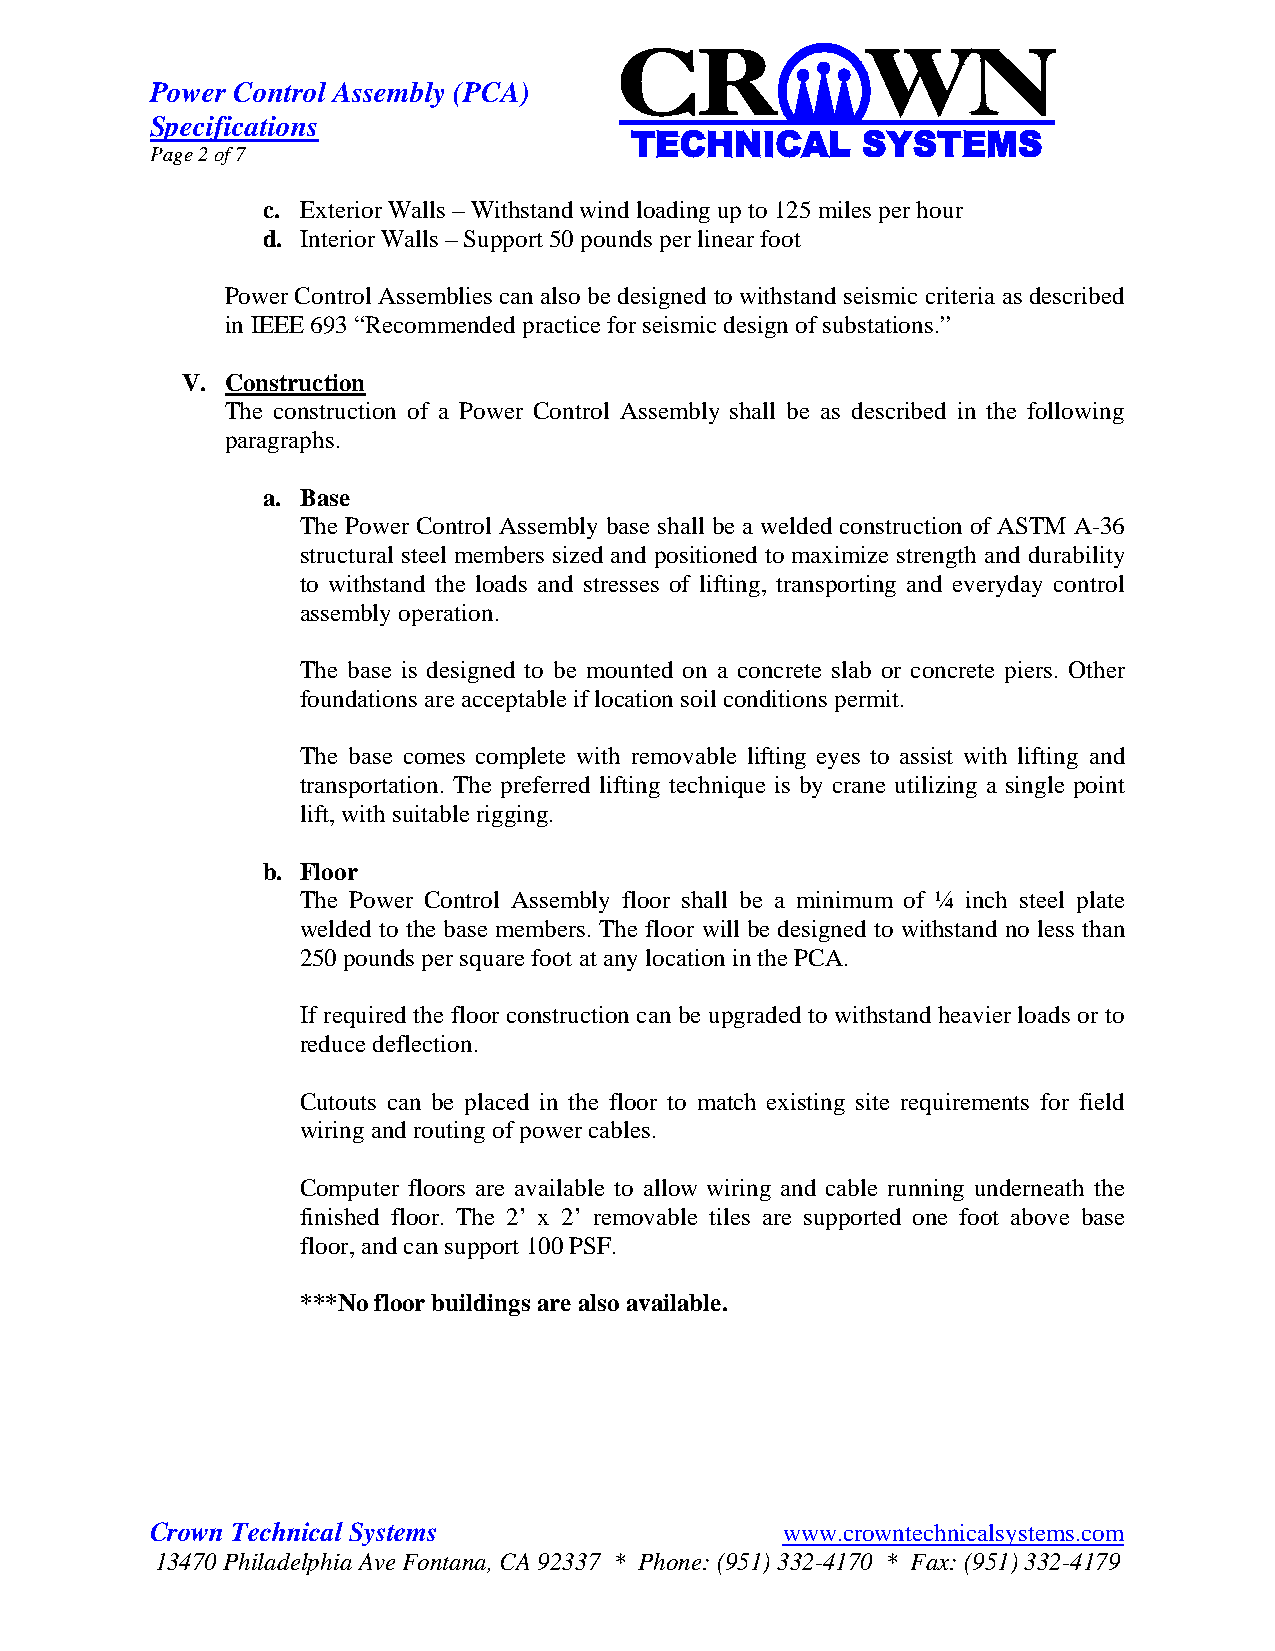
Power Control Assembly (PCA)
 Specifications
 Page 2 of 7
 c. Exterior Walls – Withstand wind loading up to 125 miles per hour
 d. Interior Walls – Support 50 pounds per linear foot
 Power Control Assemblies can also be designed to withstand seismic criteria as described
 in IEEE 693 “Recommended practice for seismic design of substations.”
 V. Construction
 The construction of a Power Control Assembly shall be as described in the following
 paragraphs.
 a. Base
 The Power Control Assembly base shall be a welded construction of ASTM A-36
 structural steel members sized and positioned to maximize strength and durability
 to withstand the loads and stresses of lifting, transporting and everyday control
 assembly operation.
 The base is designed to be mounted on a concrete slab or concrete piers. Other
 foundations are acceptable if location soil conditions permit.
 The base comes complete with removable lifting eyes to assist with lifting and
 transportation. The preferred lifting technique is by crane utilizing a single point
 lift, with suitable rigging.
 b. Floor
 The Power Control Assembly floor shall be a minimum of ¼ inch steel plate
 welded to the base members. The floor will be designed to withstand no less than
 250 pounds per square foot at any location in the PCA.
 If required the floor construction can be upgraded to withstand heavier loads or to
 reduce deflection.
 Cutouts can be placed in the floor to match existing site requirements for field
 wiring and routing of power cables.
 Computer floors are available to allow wiring and cable running underneath the
 finished floor. The 2’ x 2’ removable tiles are supported one foot above base
 floor, and can support 100 PSF.
 ***No floor buildings are also available.
 Crown Technical Systems                   www.crowntechnicalsystems.com
 13470 Philadelphia Ave Fontana, CA 92337 * Phone: (951) 332-4170 * Fax: (951) 332-4179